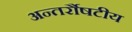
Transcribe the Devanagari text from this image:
अन्तर्रौषटीय